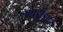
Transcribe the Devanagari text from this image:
रणझुंझार